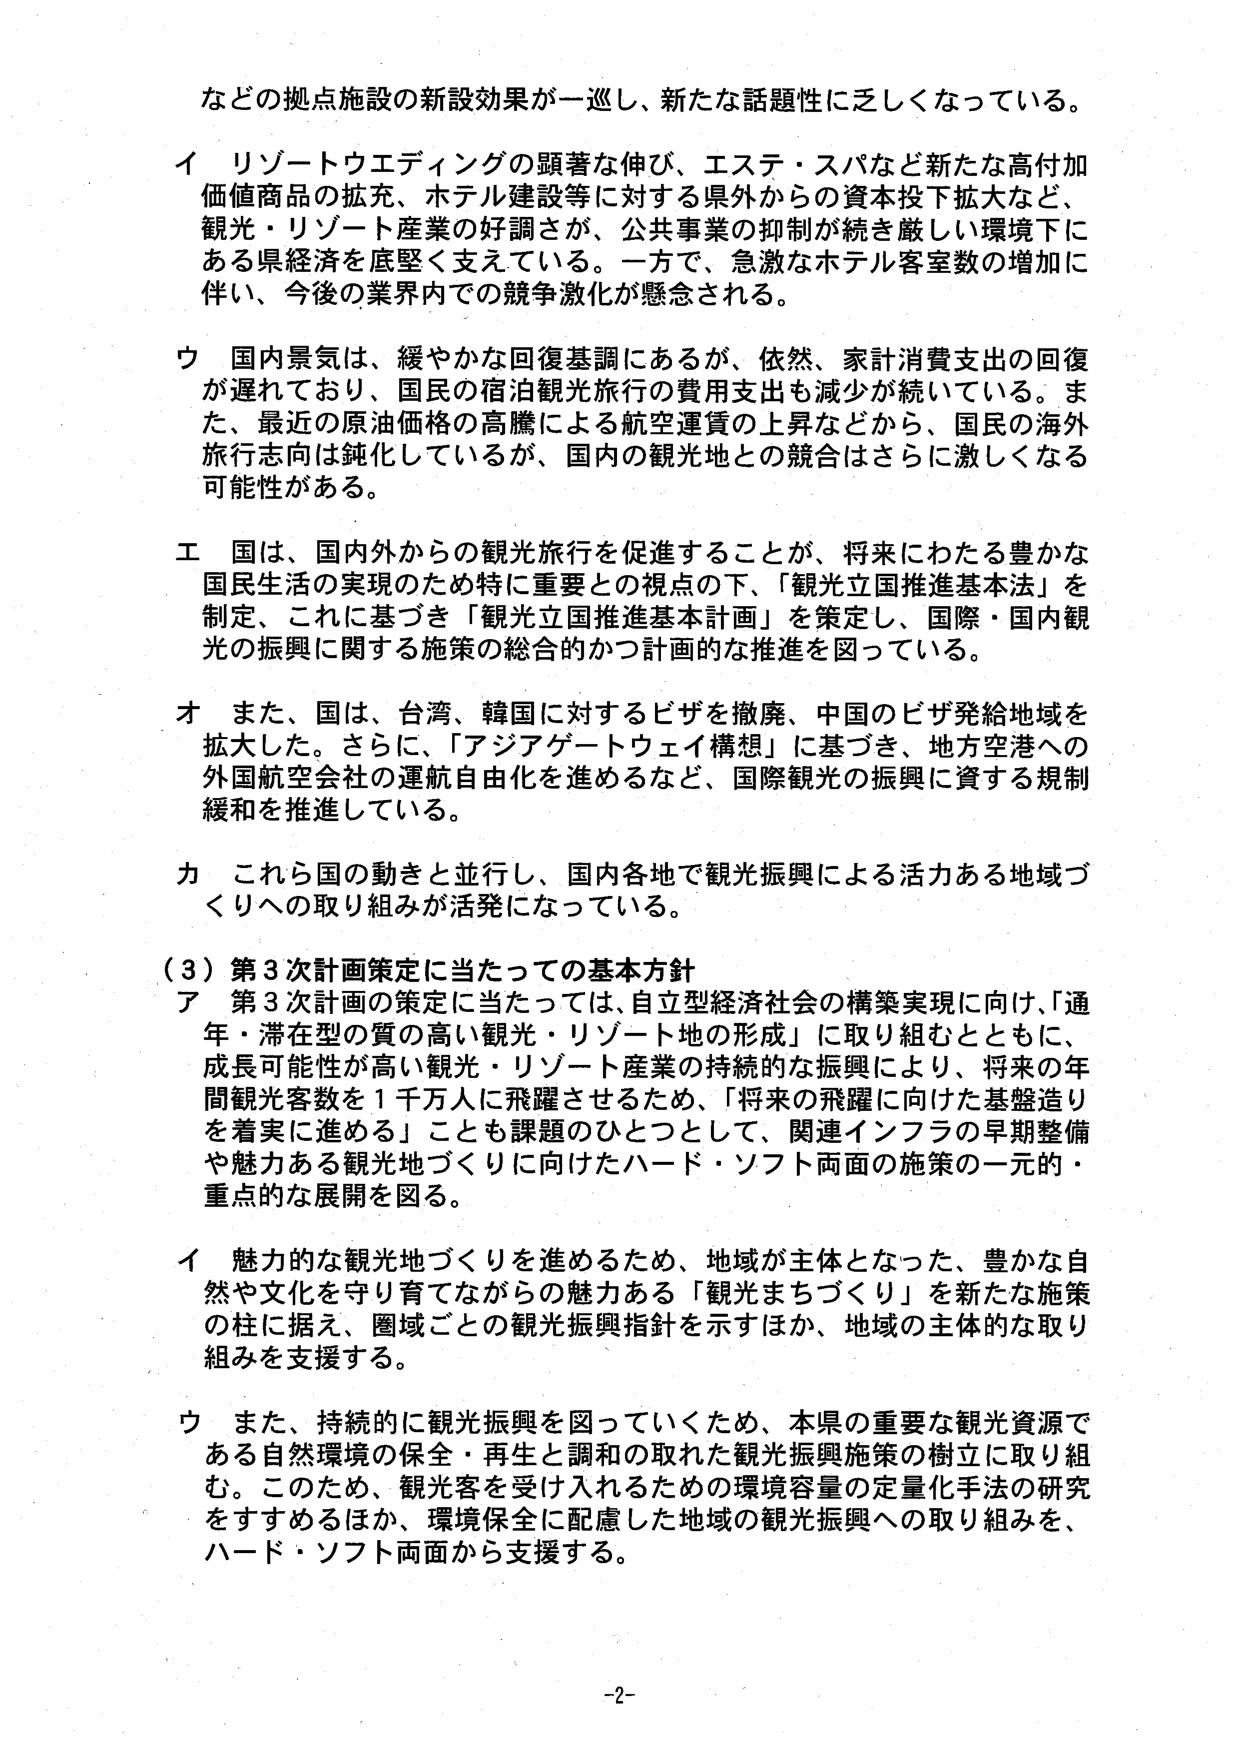
などの拠点施設の新設効果が一巡し、新たな話題性に乏しくなっている。

イ リゾートウエディングの顕著な伸び、エステ・スパなど新たな高付加価値商品の拡充、ホテル建設等に対する県外からの資本投下拡大など、観光・リゾート産業の好調さが、公共事業の抑制が続き厳しい環境下にある県経済を底堅く支えている。一方で、急激なホテル客室数の増加に伴い、今後の業界内での競争激化が懸念される。

ウ 国内景気は、緩やかな回復基調にあるが、依然、家計消費支出の回復が遅れており、国民の宿泊観光旅行の費用支出も減少が続いている。また、最近の原油価格の高騰による航空運賃の上昇などから、国民の海外旅行志向は鈍化しているが、国内の観光地との競合はさらに激しくなる可能性がある。

エ 国は、国内外からの観光旅行を促進することが、将来にわたる豊かな国民生活の実現のため特に重要との視点の下、「観光立国推進基本法」を制定、これに基づき「観光立国推進基本計画」を策定し、国際・国内観光の振興に関する施策の総合的かつ計画的な推進を図っている。

オ また、国は、台湾、韓国に対するビザを撤廃、中国のビザ発給地域を拡大した。さらに、「アジアゲートウェイ構想」に基づき、地方空港への外国航空会社の運航自由化を進めるなど、国際観光の振興に資する規制緩和を推進している。

カ これら国の動きと並行し、国内各地で観光振興による活力ある地域づくりへの取り組みが活発になっている。

（３）第３次計画策定に当たっての基本方針

ア 第３次計画の策定に当たっては、自立型経済社会の構築実現に向け、「通年・滞在型の質の高い観光・リゾート地の形成」に取り組むとともに、成長可能性が高い観光・リゾート産業の持続的な振興により、将来の年間観光客数を１千万人に飛躍させるため、「将来の飛躍に向けた基盤造りを着実に進める」ことも課題のひとつとして、関連インフラの早期整備や魅力ある観光地づくりに向けたハード・ソフト両面の施策の一元的・重点的な展開を図る。

イ 魅力的な観光地づくりを進めるため、地域が主体となった、豊かな自然や文化を守り育てながらの魅力ある「観光まちづくり」を新たな施策の柱に据え、圏域ごとの観光振興指針を示すほか、地域の主体的な取り組みを支援する。

ウ また、持続的に観光振興を図っていくため、本県の重要な観光資源である自然環境の保全・再生と調和の取れた観光振興施策の樹立に取り組む。このため、観光客を受け入れるための環境容量の定量化手法の研究をすすめるほか、環境保全に配慮した地域の観光振興への取り組みを、ハード・ソフト両面から支援する。

-2-